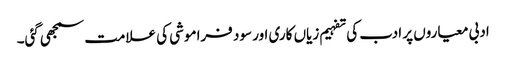
ادبی معیاروں پر ادب کی تفہیم زیاں کاری اور سود فراموشی کی علامت سمجھی گئی۔